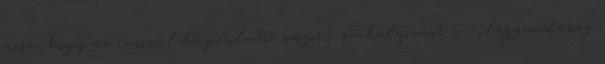
arra, hogy az euróval kapcsolatos szigorú szabályozást a világgazdaság